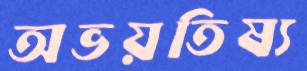
অভয়তিষ্য